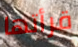
قرأتها